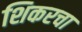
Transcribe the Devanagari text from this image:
शिकरचा